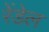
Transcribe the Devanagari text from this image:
रेंडेल